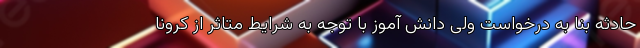
حادثه بنا به درخواست ولی دانش آموز با توجه به شرایط متاثر از کرونا